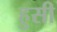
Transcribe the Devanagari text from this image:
हुसी